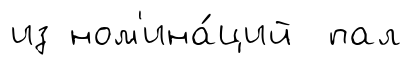
из ном'ина́ций пал